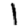
Digit: 1